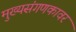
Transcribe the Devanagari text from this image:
मुख्यसंगणकावर